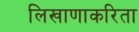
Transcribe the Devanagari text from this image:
लिखाणाकरिता